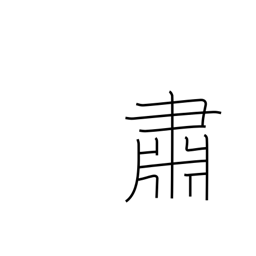
Meaning: solemnly